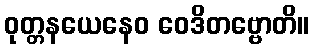
ဝုတ္တနယေနေဝ ဝေဒိတဗ္ဗောတိ။